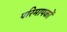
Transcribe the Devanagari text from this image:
परिमापकों